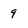
Character: 9